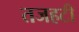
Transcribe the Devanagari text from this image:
तजहटी